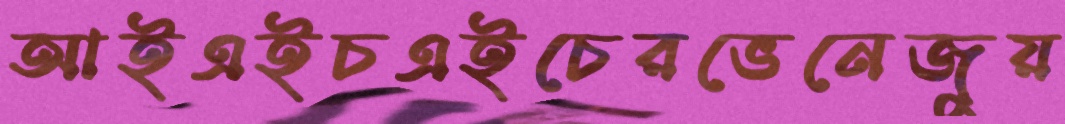
আইএইচএইচেরভেনেজুয়